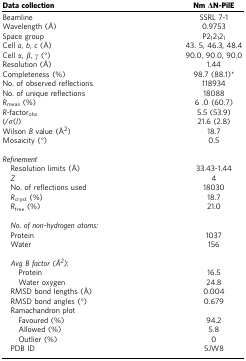
<table><thead><tr><td><b>Data collection</b></td><td><b>Nm ΔN-PilE</b></td></tr></thead><tbody><tr><td>Beamline</td><td>SSRL 7-1</td></tr><tr><td>Wavelength (Å)</td><td>0.9753</td></tr><tr><td>Space group</td><td>P2<sub>1</sub>2<sub>1</sub>2<sub>1</sub></td></tr><tr><td>Cell <i>a</i>, <i>b</i>, <i>c</i> (Å)</td><td>43. 5, 46.3, 48.4</td></tr><tr><td>Cell <i>α</i>, <i>β</i>, <i>γ</i> (°)</td><td>90.0, 90.0, 90.0</td></tr><tr><td>Resolution (Å)</td><td>1.44</td></tr><tr><td>Completeness (%)</td><td>98.7 (88.1)*</td></tr><tr><td>No. of observed reflections</td><td>118934</td></tr><tr><td>No. of unique reflections</td><td>18088</td></tr><tr><td><i>R</i><sub>meas</sub> (%)</td><td>6 .0 (60.7)</td></tr><tr><td><i>R</i>-factor<sub>obs</sub></td><td>5.5 (53.9)</td></tr><tr><td><i>I</i>/<i>σ</i>(<i>I</i>)</td><td>21.6 (2.8)</td></tr><tr><td>Wilson <i>B</i> value (Å<sup>2</sup>)</td><td>18.7</td></tr><tr><td>Mosaicity (°)</td><td>0.5</td></tr><tr><td>[EMPTY_CELL]</td><td>[EMPTY_CELL]</td></tr><tr><td colspan="2"><i>Refinement</i></td></tr><tr><td> Resolution limits (Å)</td><td>33.43-1.44</td></tr><tr><td> <i>Z</i></td><td>4</td></tr><tr><td> No. of reflections used</td><td>18030</td></tr><tr><td> <i>R</i><sub>cryst</sub> (%)</td><td>18.7</td></tr><tr><td> <i>R</i><sub>free</sub> (%)</td><td>21.0</td></tr><tr><td colspan="2">[EMPTY_CELL]</td></tr><tr><td colspan="2"> <i>No. of non-hydrogen atoms:</i></td></tr><tr><td> Protein</td><td>1037</td></tr><tr><td> Water</td><td>156</td></tr><tr><td colspan="2">[EMPTY_CELL]</td></tr><tr><td colspan="2"> <i>Avg B factor (Å<sup>2</sup>):</i></td></tr><tr><td>Protein</td><td>16.5</td></tr><tr><td>Water oxygen</td><td>24.8</td></tr><tr><td> RMSD bond lengths (Å)</td><td>0.004</td></tr><tr><td> RMSD bond angles (°)</td><td>0.679</td></tr><tr><td colspan="2"> Ramachandron plot</td></tr><tr><td>Favoured (%)</td><td>94.2</td></tr><tr><td>Allowed (%)</td><td>5.8</td></tr><tr><td>Outlier (%)</td><td>0</td></tr><tr><td> PDB ID</td><td>5JW8</td></tr></tbody></table>